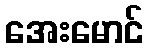
အေးမောင်